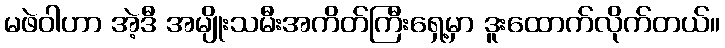
မဖဲဝါဟာ အဲ့ဒီ အမျိုးသမီးအကိတ်ကြီးရှေ့မှာ ဒူးထောက်လိုက်တယ်။